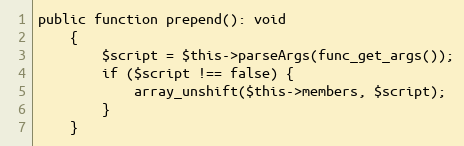
Language: PHP
public function prepend(): void
    {
        $script = $this->parseArgs(func_get_args());
        if ($script !== false) {
            array_unshift($this->members, $script);
        }
    }